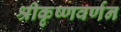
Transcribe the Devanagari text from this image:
श्रीकृष्णवर्णन